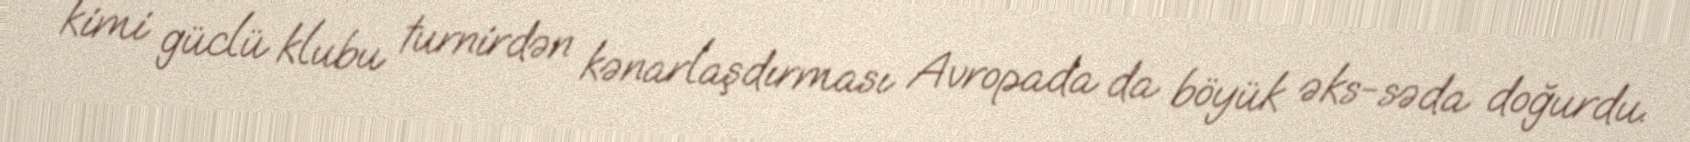
kimi güclü klubu turnirdən kənarlaşdırması Avropada da böyük əks-səda doğurdu.